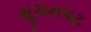
સૂચનપટ